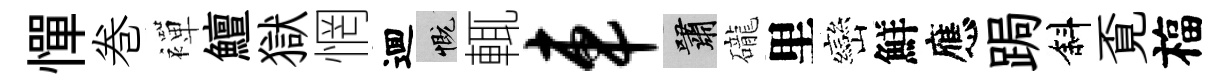
憚巻襌鱣獄惘逥慨輒车嘯礲里巒鮮應跼斜覔福